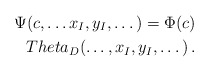
\begin{align*}\Psi(c, \dots x_{ I },y_{ I}, \dots) = \Phi(c) \\Theta_{D}( \dots, x_{I},y_{I},\dots)\,.\end{align*}